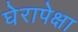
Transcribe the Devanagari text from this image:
घेरापेक्षा